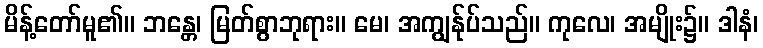
မိန့်တော်မူ၏။ ဘန္တေ၊ မြတ်စွာဘုရား။ မေ၊ အကျွန်ုပ်သည်။ ကုလေ၊ အမျိုး၌။ ဒါနံ၊